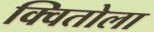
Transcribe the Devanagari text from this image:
क्वितोला